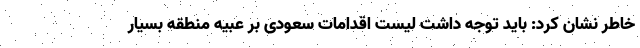
خاطر نشان کرد: باید توجه داشت لیست اقدامات سعودی بر عبیه منطقه بسیار